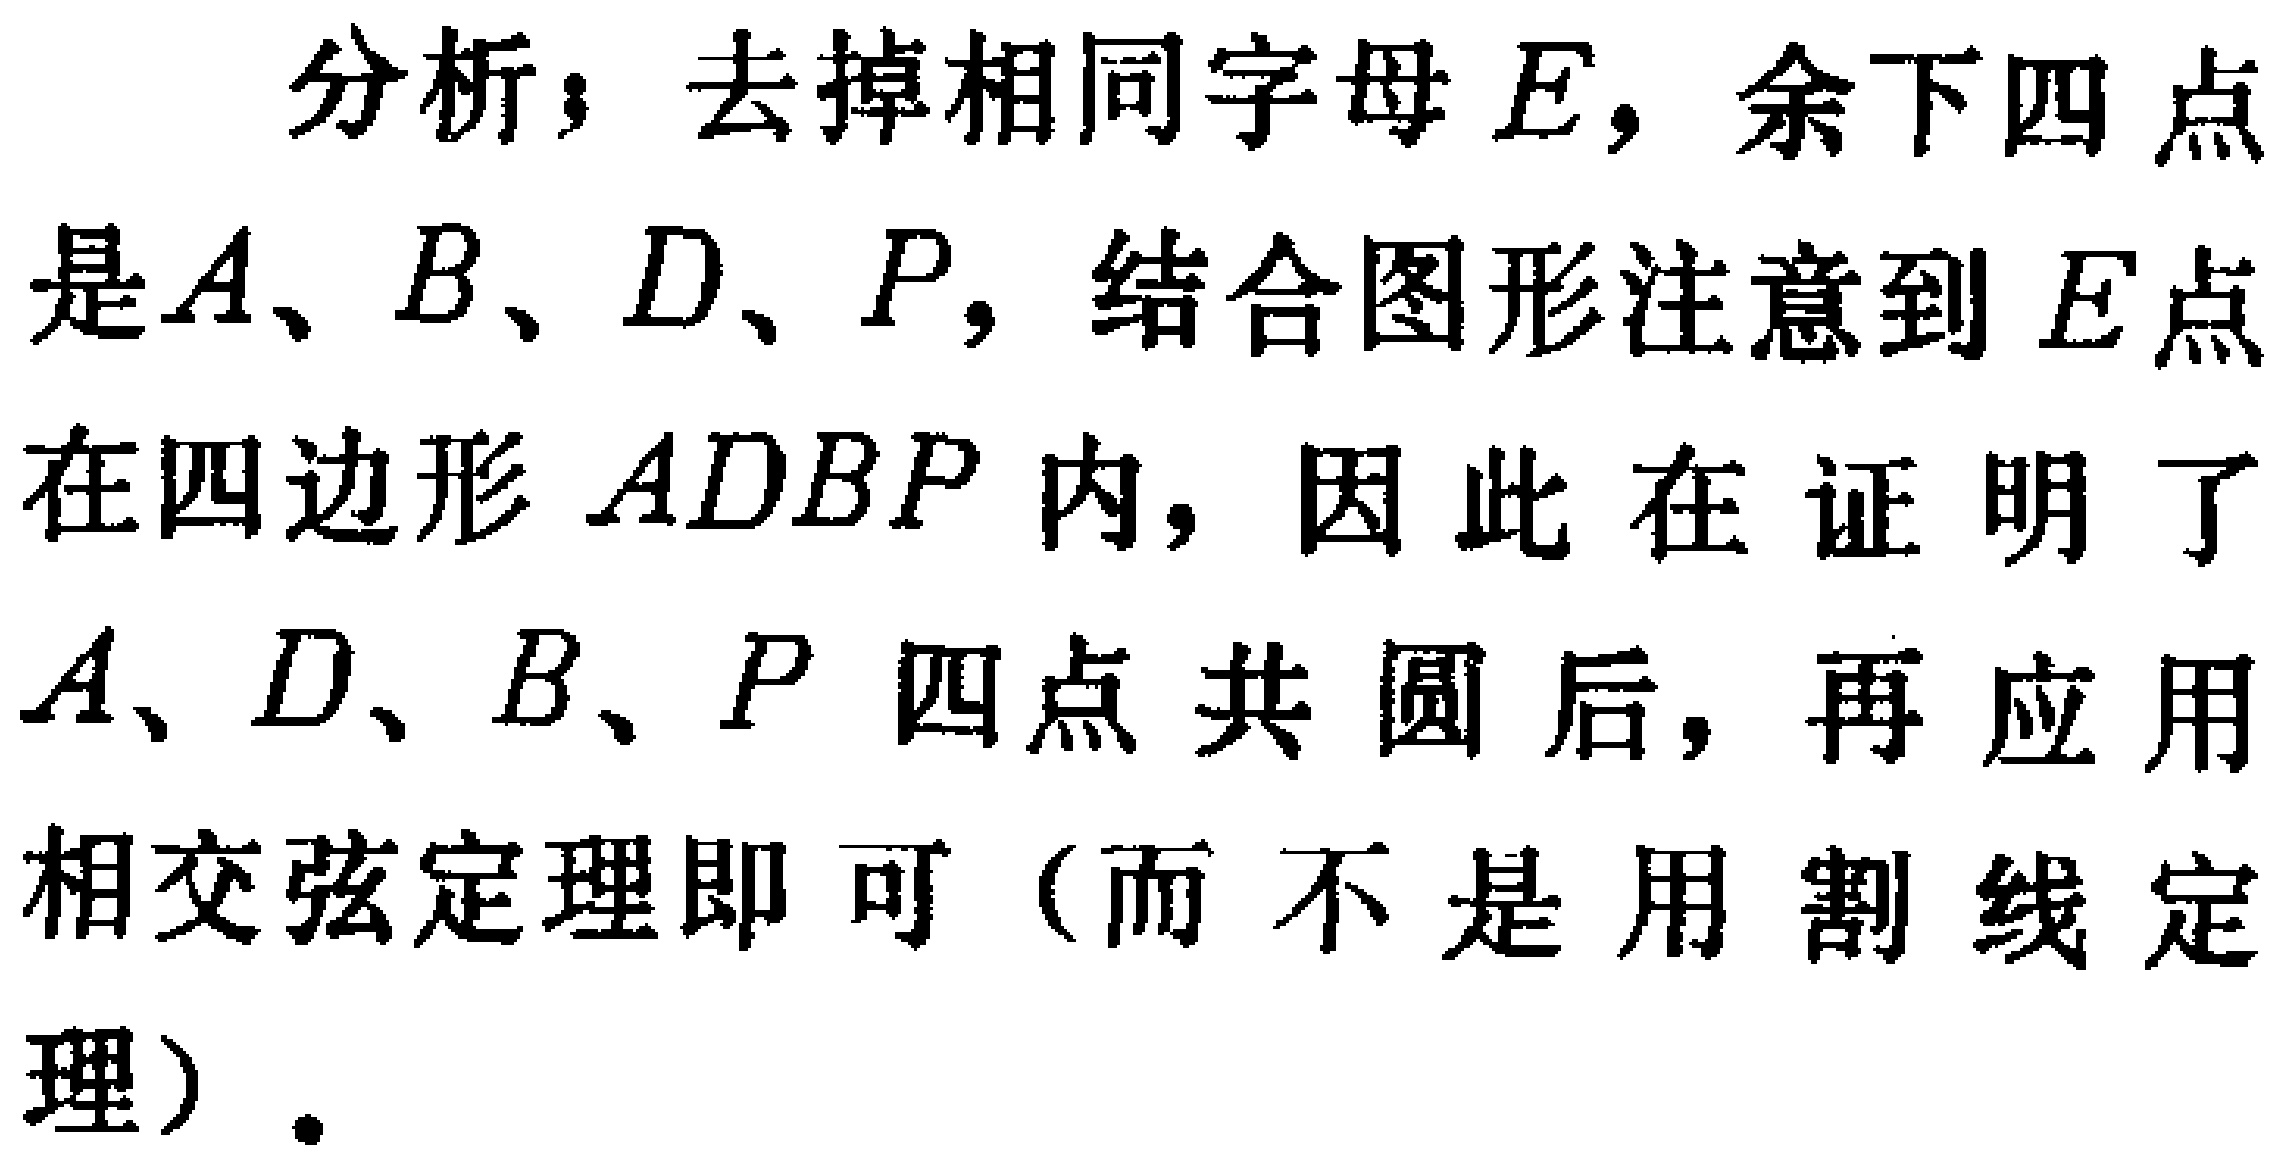
分析；去掉相同字母\(E\)，余下四点是\(A、B、D、P\)，结合图形注意到\(E\)点在四边形\(ADBP\)内，因此在证明了\(A、D、B、P\)四点共圆后，再应用相交弦定理即可（而不是用割线定理）。